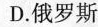
D.俄罗斯